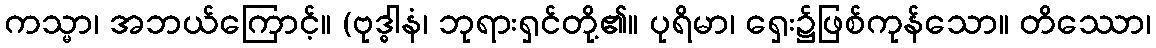
ကသ္မာ၊ အဘယ်ကြောင့်။ (ဗုဒ္ဓါနံ၊ ဘုရားရှင်တို့၏။ ပုရိမာ၊ ရှေး၌ဖြစ်ကုန်သော။ တိဿော၊